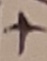
Text: +